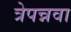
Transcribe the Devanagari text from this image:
त्रेपन्नवा